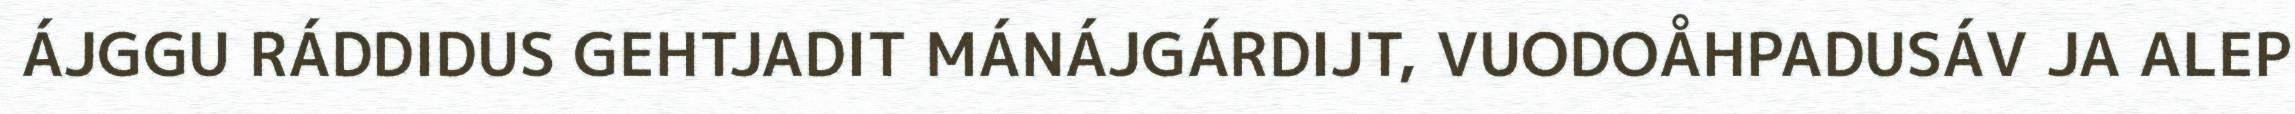
ÁJGGU RÁDDIDUS GEHTJADIT MÁNÁJGÁRDIJT, VUODOÅHPADUSÁV JA ALEP